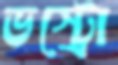
ভস্ট্রো